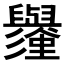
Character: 𱼱